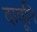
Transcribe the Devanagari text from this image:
दावूनि